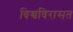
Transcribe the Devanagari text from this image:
विश्वविरासत